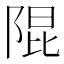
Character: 𮥍